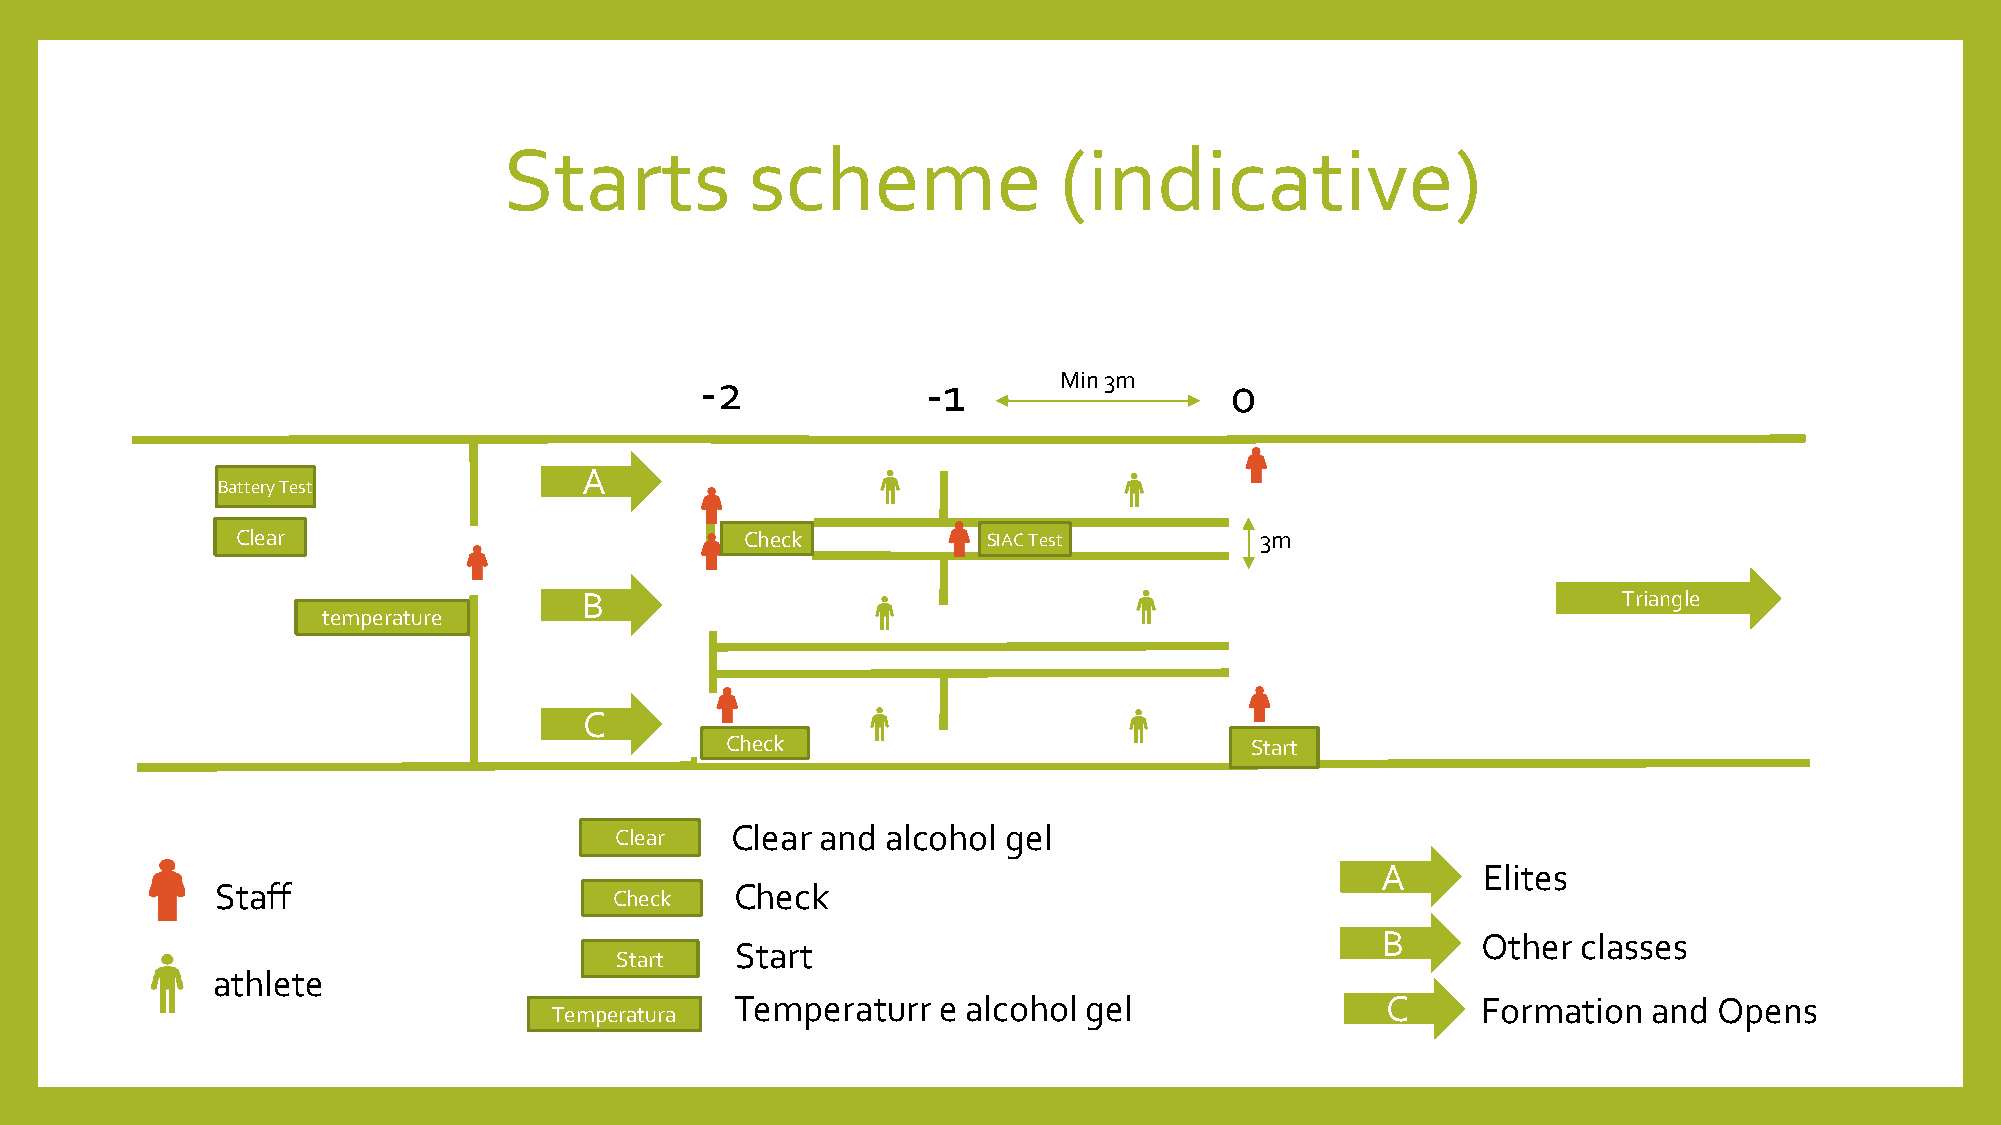
Starts           scheme              (indicative)
 -2             -1       Min 3m     0
 A
 Battery Test
 Clear                            Check           SIAC Test         3m
 B                                                                   Triangle
 temperature
 C
 Check                              Start
 Clear  Clear and  alcohol gel
 A      Elites
 Staff                              Check
 Check
 B      Other  classes
 Start
 Start
 athlete
 Temperaturr  e alcohol gel                 C     Formation  and  Opens
 Temperatura